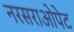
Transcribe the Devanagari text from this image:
नरसराओपेट